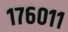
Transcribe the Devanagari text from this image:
१७६०११